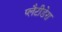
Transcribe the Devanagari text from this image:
प्लैटीडेरा